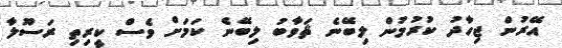
އޭރުން ޖިހާދު ކުރުމުން ލިބޭނެ ޘަވާބު ލިބޭނެ ކަމަށް ވެސް ކީރިތި ރަސޫލާ